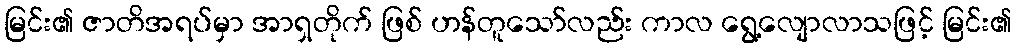
မြင်း၏ ဇာတိအရပ်မှာ အာရှတိုက် ဖြစ် ဟန်တူသော်လည်း ကာလ ရွေ့လျောလာသဖြင့် မြင်း၏